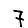
Digit: 7